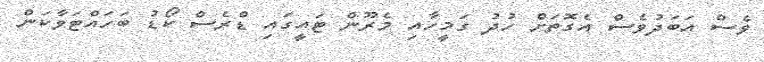
ވެސް އަބަދުވެސް އެގޮތަށް ހުދު ގަމީހާއި މެރޫން ޓައީގައި ޑްރެސް ކޯޑު ބަހައްޓަވާކަން